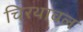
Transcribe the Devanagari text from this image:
चिरथावल